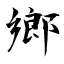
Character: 鄉